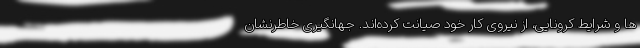
ها و شرایط کرونایی، از نیروی کار خود صیانت کرده‌اند. جهانگیری خاطرنشان